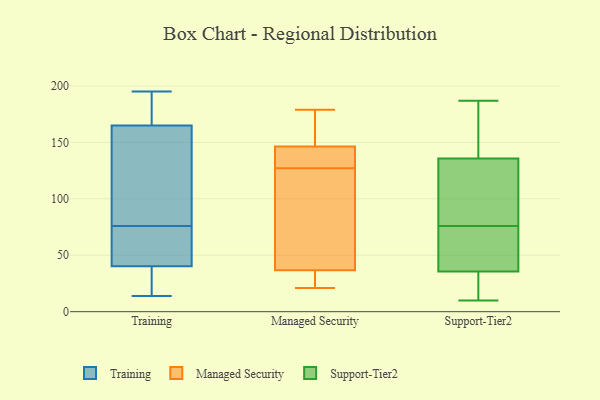
{"axis": {"x": "Revenue (USD Million)", "y": "Value"}, "legend": ["Managed Security", "Support-Tier2", "Training"], "data": [{"x": "", "y": 195, "type": "Training"}, {"x": "", "y": 193, "type": "Training"}, {"x": "", "y": 89, "type": "Training"}, {"x": "", "y": 153, "type": "Training"}, {"x": "", "y": 14, "type": "Training"}, {"x": "", "y": 47, "type": "Training"}, {"x": "", "y": 169, "type": "Training"}, {"x": "", "y": 34, "type": "Training"}, {"x": "", "y": 38, "type": "Training"}, {"x": "", "y": 61, "type": "Training"}, {"x": "", "y": 76, "type": "Training"}, {"x": "", "y": 175, "type": "Managed Security"}, {"x": "", "y": 150, "type": "Managed Security"}, {"x": "", "y": 127, "type": "Managed Security"}, {"x": "", "y": 21, "type": "Managed Security"}, {"x": "", "y": 27, "type": "Managed Security"}, {"x": "", "y": 179, "type": "Managed Security"}, {"x": "", "y": 66, "type": "Managed Security"}, {"x": "", "y": 135, "type": "Managed Security"}, {"x": "", "y": 130, "type": "Managed Security"}, {"x": "", "y": 24, "type": "Managed Security"}, {"x": "", "y": 121, "type": "Managed Security"}, {"x": "", "y": 13, "type": "Support-Tier2"}, {"x": "", "y": 76, "type": "Support-Tier2"}, {"x": "", "y": 178, "type": "Support-Tier2"}, {"x": "", "y": 187, "type": "Support-Tier2"}, {"x": "", "y": 10, "type": "Support-Tier2"}, {"x": "", "y": 20, "type": "Support-Tier2"}, {"x": "", "y": 13, "type": "Support-Tier2"}, {"x": "", "y": 91, "type": "Support-Tier2"}, {"x": "", "y": 141, "type": "Support-Tier2"}, {"x": "", "y": 120, "type": "Support-Tier2"}, {"x": "", "y": 48, "type": "Support-Tier2"}, {"x": "", "y": 48, "type": "Support-Tier2"}, {"x": "", "y": 96, "type": "Support-Tier2"}, {"x": "", "y": 75, "type": "Support-Tier2"}, {"x": "", "y": 40, "type": "Support-Tier2"}, {"x": "", "y": 34, "type": "Support-Tier2"}, {"x": "", "y": 172, "type": "Support-Tier2"}, {"x": "", "y": 102, "type": "Support-Tier2"}, {"x": "", "y": 167, "type": "Support-Tier2"}]}